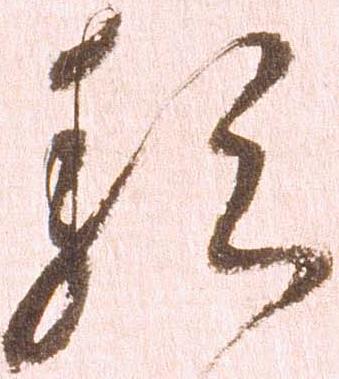
類